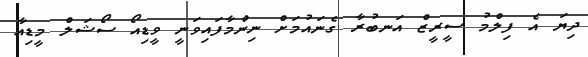
ދިޔަ އެ ފިލްމު ސީރީޒް އަނބުރާ ގެނައުމަށް ނިންމާފައިވަނީ ވީޑިއޯ ސޯޝަލް މީޑިއާ